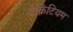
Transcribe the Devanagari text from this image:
टेक्निटियम